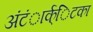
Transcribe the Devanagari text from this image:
अंंटंार्क्िटका